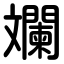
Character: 斕